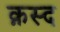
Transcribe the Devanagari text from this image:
क़स्द